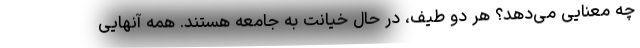
چه معنایی می‌دهد؟ هر دو طیف، در حال خیانت به جامعه هستند. همه آنهایی